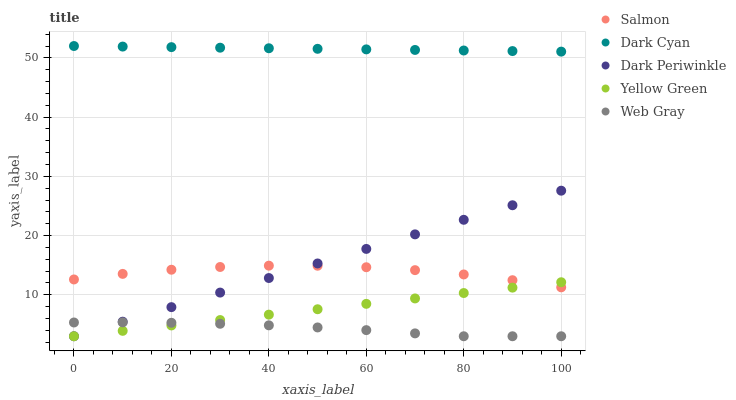
| xaxis_label | Salmon | Dark Cyan | Dark Periwinkle | Yellow Green | Web Gray |
 | --- | --- | --- | --- | --- | --- |
 | 0 | 12.6 | 52 | 3 | 3 | 5.32 |
 | 10 | 13.5 | 51.9 | 5.46 | 3.91 | 5.35 |
 | 20 | 14.2 | 51.8 | 7.92 | 4.82 | 5.27 |
 | 30 | 14.7 | 51.7 | 10.4 | 5.74 | 5.11 |
 | 40 | 14.9 | 51.6 | 12.8 | 6.65 | 4.84 |
 | 50 | 14.9 | 51.5 | 15.3 | 7.56 | 4.49 |
 | 60 | 14.7 | 51.4 | 17.7 | 8.47 | 4.03 |
 | 70 | 14.2 | 51.3 | 20.2 | 9.38 | 3.49 |
 | 80 | 13.4 | 51.2 | 22.7 | 10.3 | 3 |
 | 90 | 12.5 | 51.1 | 25.1 | 11.2 | 3 |
 | 100 | 11.3 | 51.1 | 27.6 | 12.1 | 3 |